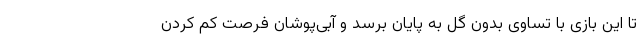
تا این بازی با تساوی بدون گل به پایان برسد و آبی‌پوشان فرصت کم کردن